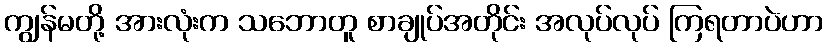
ကျွန်မတို့ အားလုံးက သဘောတူ စာချုပ်အတိုင်း အလုပ်လုပ် ကြရတာပဲဟာ